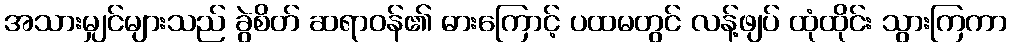
အသားမျှင်များသည် ခွဲစိတ် ဆရာဝန်၏ ဓားကြောင့် ပထမတွင် လန့်ဖျပ် ထုံထိုင်း သွားကြကာ